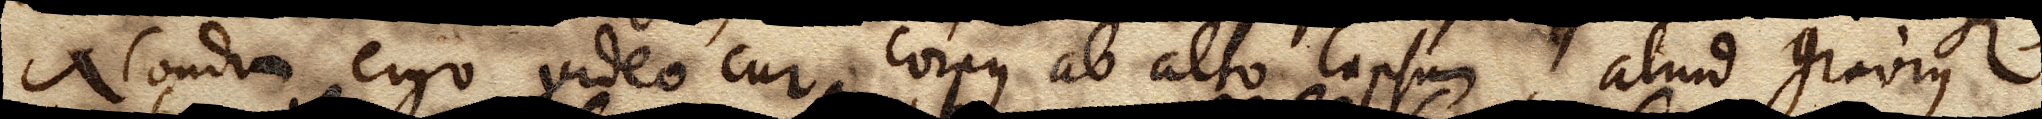
Nondum ergo video cur corpus ab alto lapsum, aliud gravius